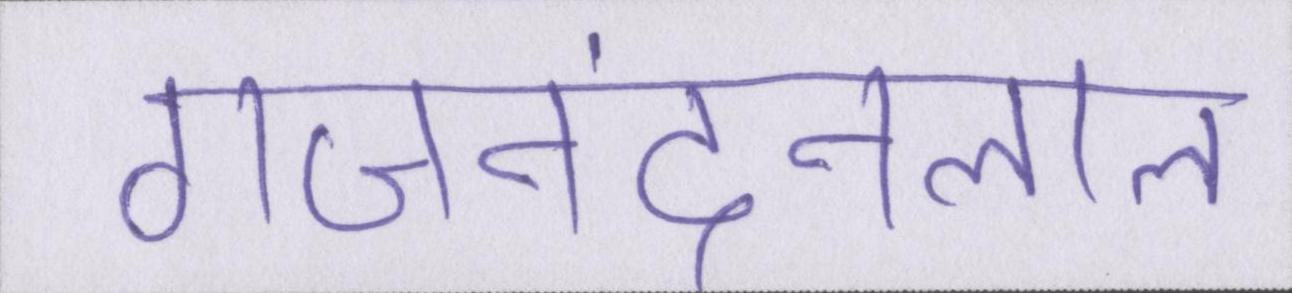
गजनंदनलाल